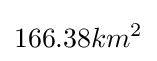
166.38km^{2}